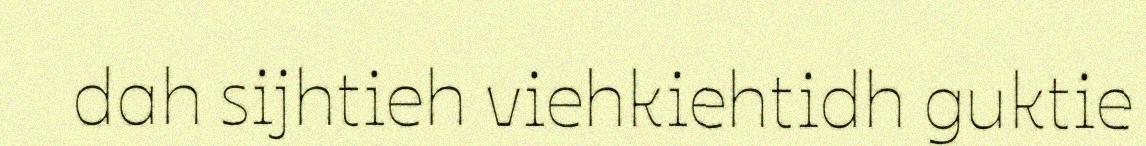
dah sijhtieh viehkiehtidh guktie